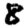
Digit: 8